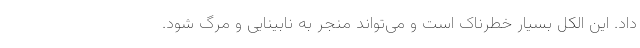
داد. این الکل بسیار خطرناک است و می‌تواند منجر به نابینایی و مرگ شود.